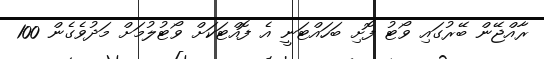
ރާއްޖޭން ބޭރުގައި ވޯޓު ފޮށި ބަހައްޓަނީ އެ ފޮއްޓަކަށް ވޯޓުލުމަށް މަދުވެގެން 100